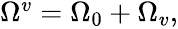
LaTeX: \begin{array}{r}{\Omega^{v}=\Omega_{0}+\Omega_{v},}\end{array}